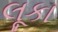
લૂકા